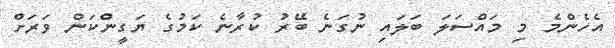
އެހެންމެ މި މައްސަލަ ބަލައި ނުގަނެ ބޭރު ކުރާނެ ކަމުގެ ޔަގީންކަން ވަރަށް